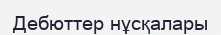
Дебюттер нұсқалары